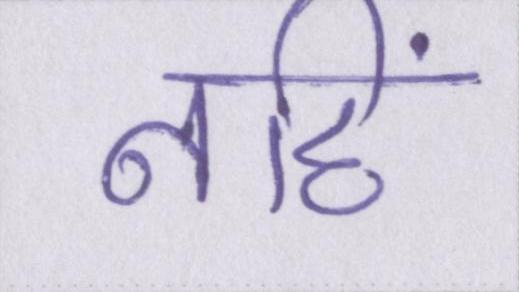
नहिं